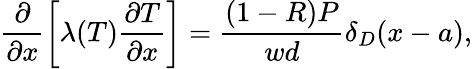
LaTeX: \frac{\partial}{\partial x}\left[\lambda(T)\frac{\partial T}{\partial x}\right]=\frac{(1-R)P}{wd}\delta_{D}(x-a),